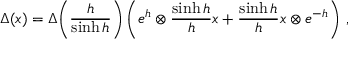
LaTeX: \Delta ( x ) = \Delta \! \left( \frac { h } { \sinh h } \right) \left( e ^ { h } \otimes \frac { \sinh h } { h } x + \frac { \sinh h } { h } x \otimes e ^ { - h } \right) \, ,